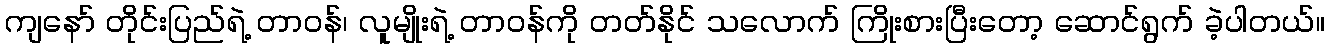
ကျနော် တိုင်းပြည်ရဲ့ တာဝန်၊ လူမျိုးရဲ့ တာဝန်ကို တတ်နိုင် သလောက် ကြိုးစားပြီးတော့ ဆောင်ရွက် ခဲ့ပါတယ်။